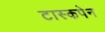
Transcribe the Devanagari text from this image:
टास्कपेन